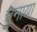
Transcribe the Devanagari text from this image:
चुनाया